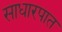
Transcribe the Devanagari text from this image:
साधारपात